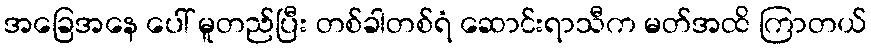
အခြေအနေ ပေါ် မူတည်ပြီး တစ်ခါတစ်ရံ ဆောင်းရာသီက မတ်အထိ ကြာတယ်